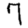
Digit: 7